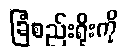
ခြံစည်းရိုးကို